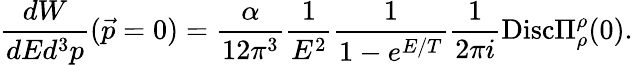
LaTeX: \frac{dW}{dEd^{3}p}(\vec{p}=0)=\frac{\alpha}{12\pi^{3}}\frac{1}{E^{2}}\frac{1}{1-e^{E/T}}\frac{1}{2\pi i}\mathrm{Disc}\Pi_{\rho}^{\rho}(0).